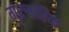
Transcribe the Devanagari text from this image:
गुरुवारिया